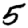
Digit: 5